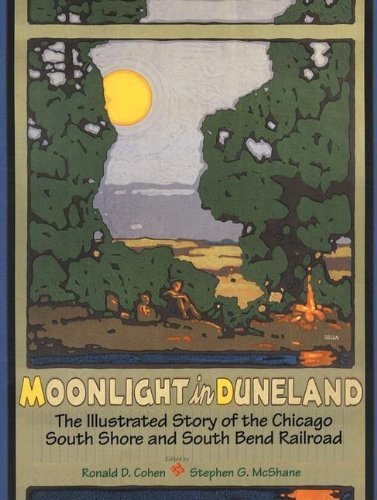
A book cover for Moonlight in Duneland: The Illustrated Story of the Chicago South Shore and South Bend Railroad (Quarry Books); Ronald D. Cohen; Arts & Photography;